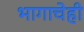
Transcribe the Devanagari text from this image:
भागाचेही